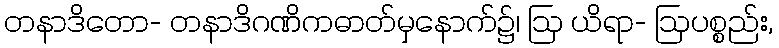
တနာဒိတော- တနာဒိဂဏိကဓာတ်မှနောက်၌၊ ဩ ယိရာ- ဩပစ္စည်း,